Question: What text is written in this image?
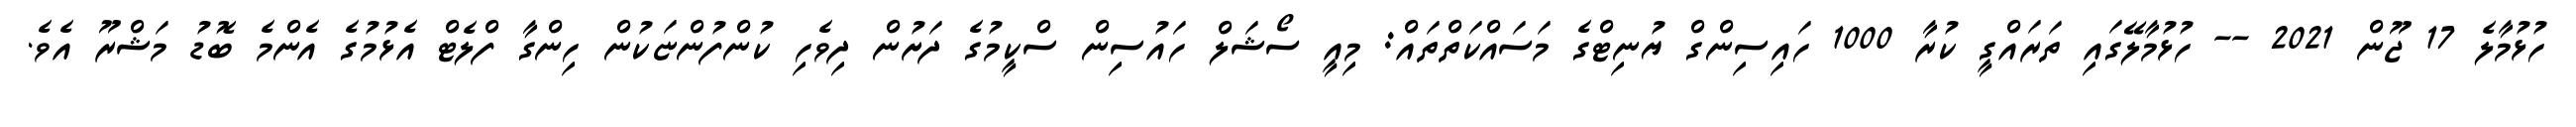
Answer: ހުޅުމާލެ 17 ޖޫން 2021 -- ހުޅުމާލޭގައި ތަރައްގީ ކުރާ 1000 ހައިސިންގް ޔުނިޓްގެ މަސައްކަތްތައް: މިއީ ސޯޝަލް ހައުސިން ސްކީމުގެ ދަށުން ދިވެހި ކުންފުންޏަކުން ހިންގާ ފްލެޓް އެޅުމުގެ އެންމެ ބޮޑު މަޝްރޫ އެވެ.